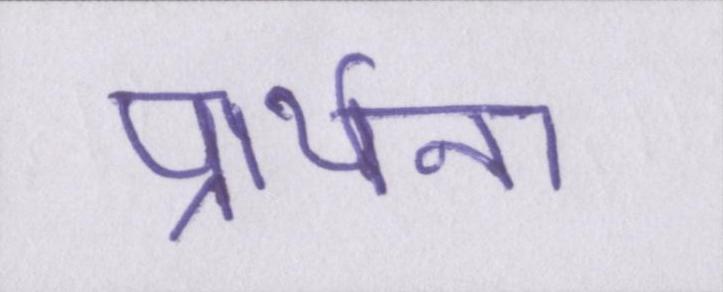
प्रार्थना